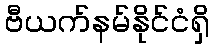
ဗီယက်နမ်နိုင်ငံရှိ